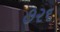
૭૨૬